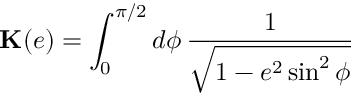
\mathbf { K } ( e ) = \int _ { 0 } ^ { \pi / 2 } d \phi \, \frac { 1 } { \sqrt { 1 - e ^ { 2 } \sin ^ { 2 } \phi } }